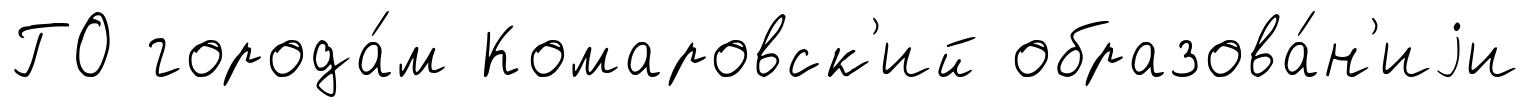
ГО города́м Комаровск'ий образова́н'иjи